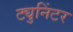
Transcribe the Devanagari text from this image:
ट्युनिंटर